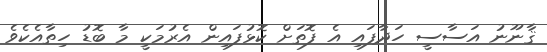
ޤާނޫނު އަސާސީ ހަދާފައި އެ ފޮތަށް ކޮޅުފައިން އެރުމަކީ މާ ބޮޑު ހިތާއެކެވެ